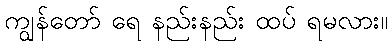
ကျွန်တော် ရေ နည်းနည်း ထပ် ရမလား။